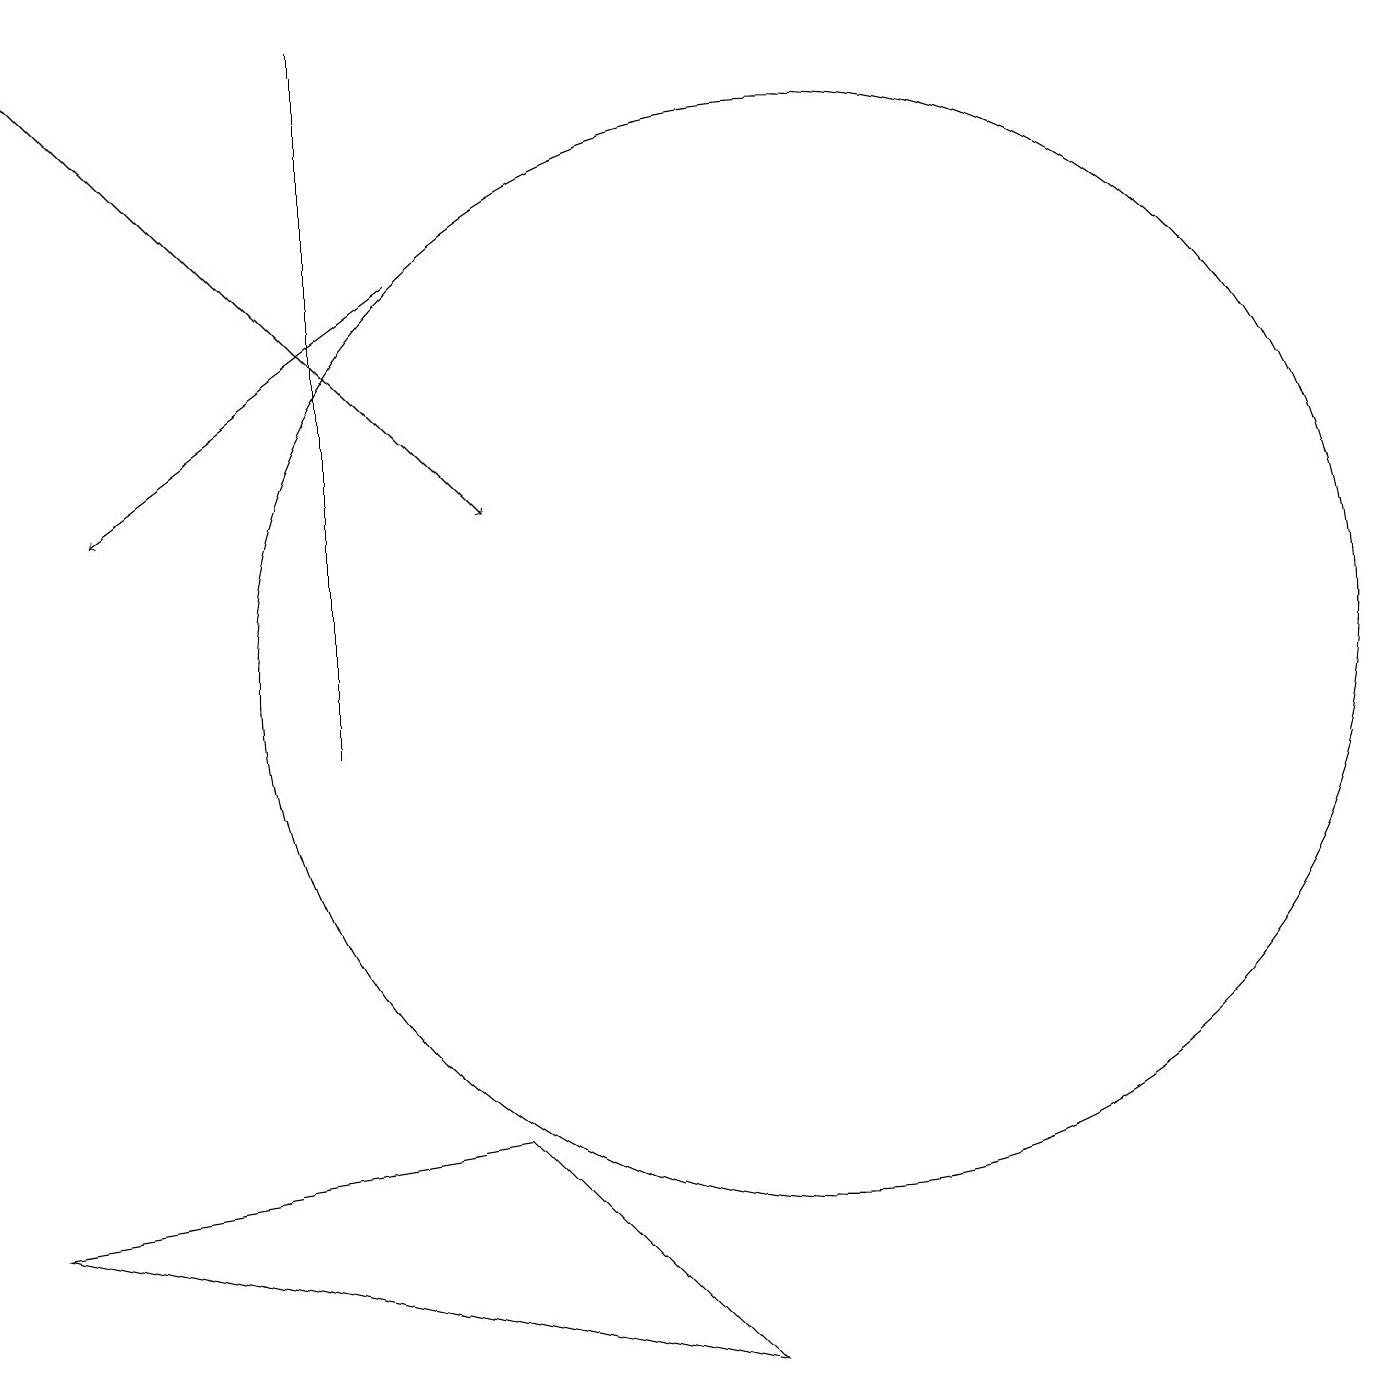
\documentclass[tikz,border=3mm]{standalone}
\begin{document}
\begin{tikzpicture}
\draw (10,11) circle (7);
\draw (4,19) rectangle (4,10);
\draw (0,4) -- (6,5) -- (9,2) -- cycle;
\draw[->] (5,16) -- (1,13);
\draw[->] (0,19) -- (6,13);
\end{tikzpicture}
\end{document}